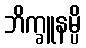
ဘိက္ခူနမ္ပိ